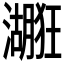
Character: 𱩻